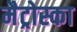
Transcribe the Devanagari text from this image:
मैट्रोस्का